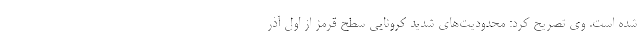
شده است. وی تصریح کرد: محدودیت‌های شدید کرونایی سطح قرمز از اول آذر